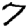
Digit: 7